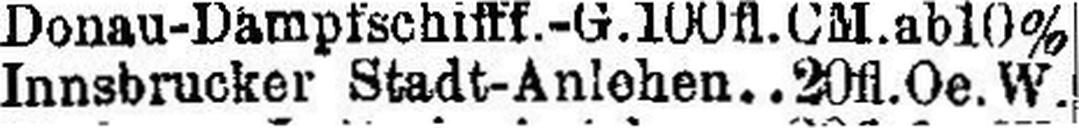
Innsbrucker Stadt-Anlehen 20 fl.Oe.W.